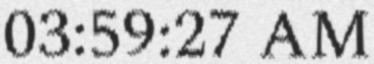
03:59:27 AM